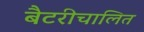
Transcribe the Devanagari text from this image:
बैटरीचालित